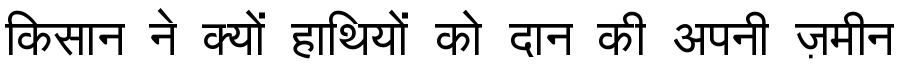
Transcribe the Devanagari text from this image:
किसान ने क्यों हाथियों को दान की अपनी ज़मीन